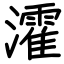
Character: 瀖